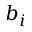
b _ { i }